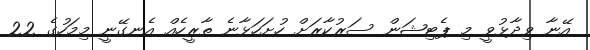
އޭނާ ވިދާޅުވީ މި ޕެޓިޝަން ސަރުކާރަށް ހުށަހަޅާނެ ތާރީހެއް އެނގޭނީ މިމަހުގެ 22